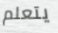
يتعلم